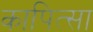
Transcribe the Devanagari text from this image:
कापित्सा